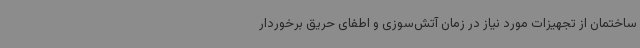
ساختمان از تجهیزات مورد نیاز در زمان آتش‌سوزی و اطفای حریق برخوردار